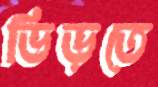
ভিড়তে